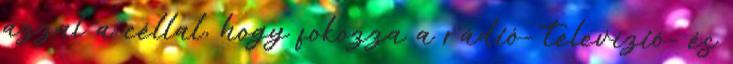
azzal a céllal, hogy fokozza a rádió- televízió- és